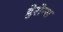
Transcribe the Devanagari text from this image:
हेरोन्स